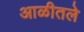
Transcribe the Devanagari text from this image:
आळीतले